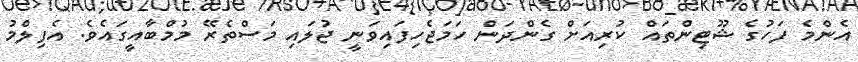
އެންމެ ފަހުގެ ޝޫޓިންތައް ކުރިއަށް ގެންދަން ހަމަޖެހިފައިވަނީ ޖުލައި މަސްތެރޭ މުމްބާއީގައެވެ. އެފިލްމު